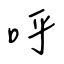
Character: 呼